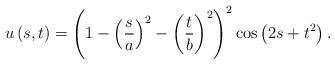
LaTeX: \begin{align*}u\left( s,t\right) =\left( 1-\left( \frac{s}{a}\right) ^{2}-\left(\frac{t}{b}\right) ^{2}\right) ^{2}\cos\left( 2s+t^{2}\right).\end{align*}